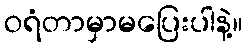
ဝရံတာမှာမပြေးပါနဲ့။